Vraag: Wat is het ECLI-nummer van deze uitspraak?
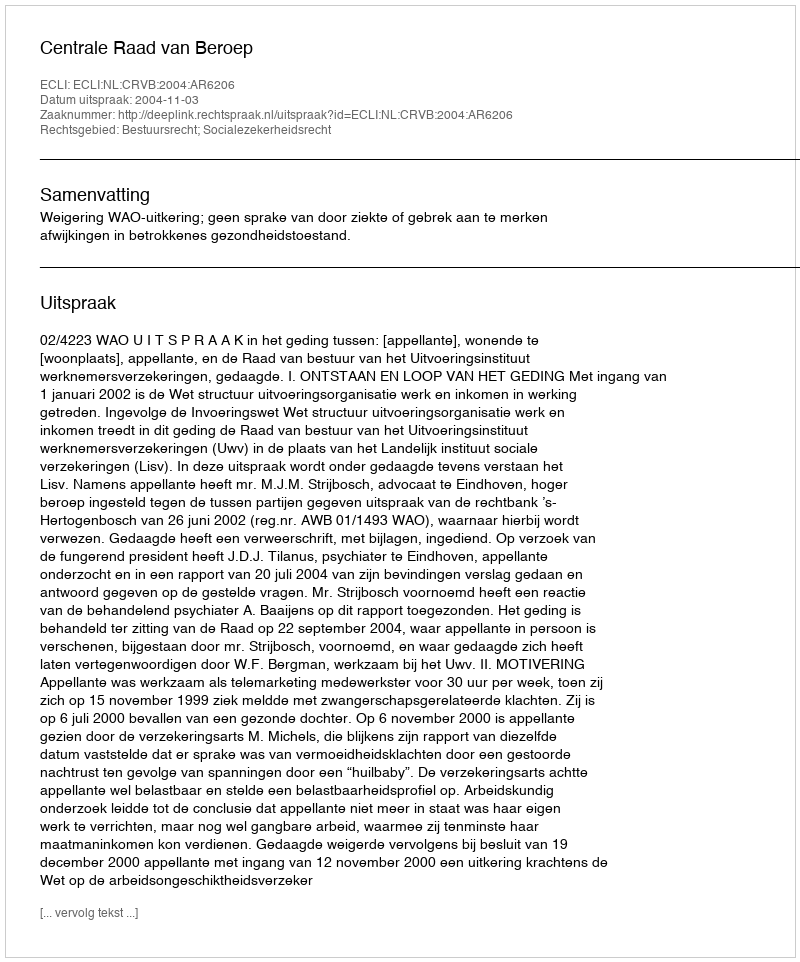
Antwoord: ECLI:NL:CRVB:2004:AR6206